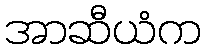
အာဆီယံက